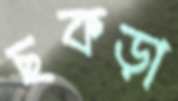
ছকড়া